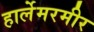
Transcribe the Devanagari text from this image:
हार्लेमरमीर